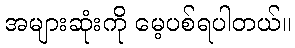
အများဆုံးကို မေ့ပစ်ရပါတယ်။